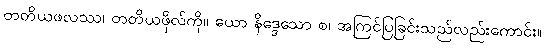
တတိယဖလဿ၊ တတိယဖိုလ်ကို။ ယော နိဒ္ဒေသော စ၊ အကြင်ပြခြင်းသည်လည်းကောင်း။